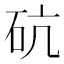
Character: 砊